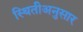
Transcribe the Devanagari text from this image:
स्थितीअनुसार